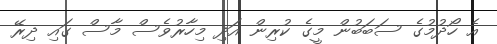
އެ ހޯދުމުގެ ސަބަބުން މީގެ ކުރިން އަދި މިހާރުވެސް މާސް ގައި ދިރޭ